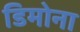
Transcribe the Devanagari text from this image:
डिमोना